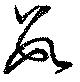
数